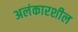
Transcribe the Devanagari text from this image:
अलंकारशील